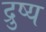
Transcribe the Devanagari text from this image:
द्रुष्य